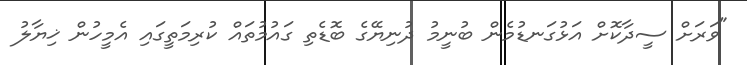
"ވަރަށް ސީދާކޮށް އަޅުގަނޑުމެން ބުނީމު ދުނިޔޭގެ ބޮޑެތި ގައުމުތައް ކުރިމަތީގައި އެމީހުން ޚިޔާލު